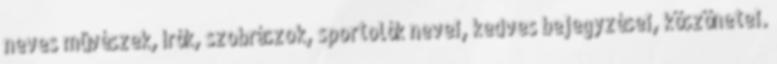
neves mûvészek, írók, szobrászok, sportolók nevei, kedves bejegyzései, köszönetei.